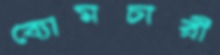
ব্যোমচারী